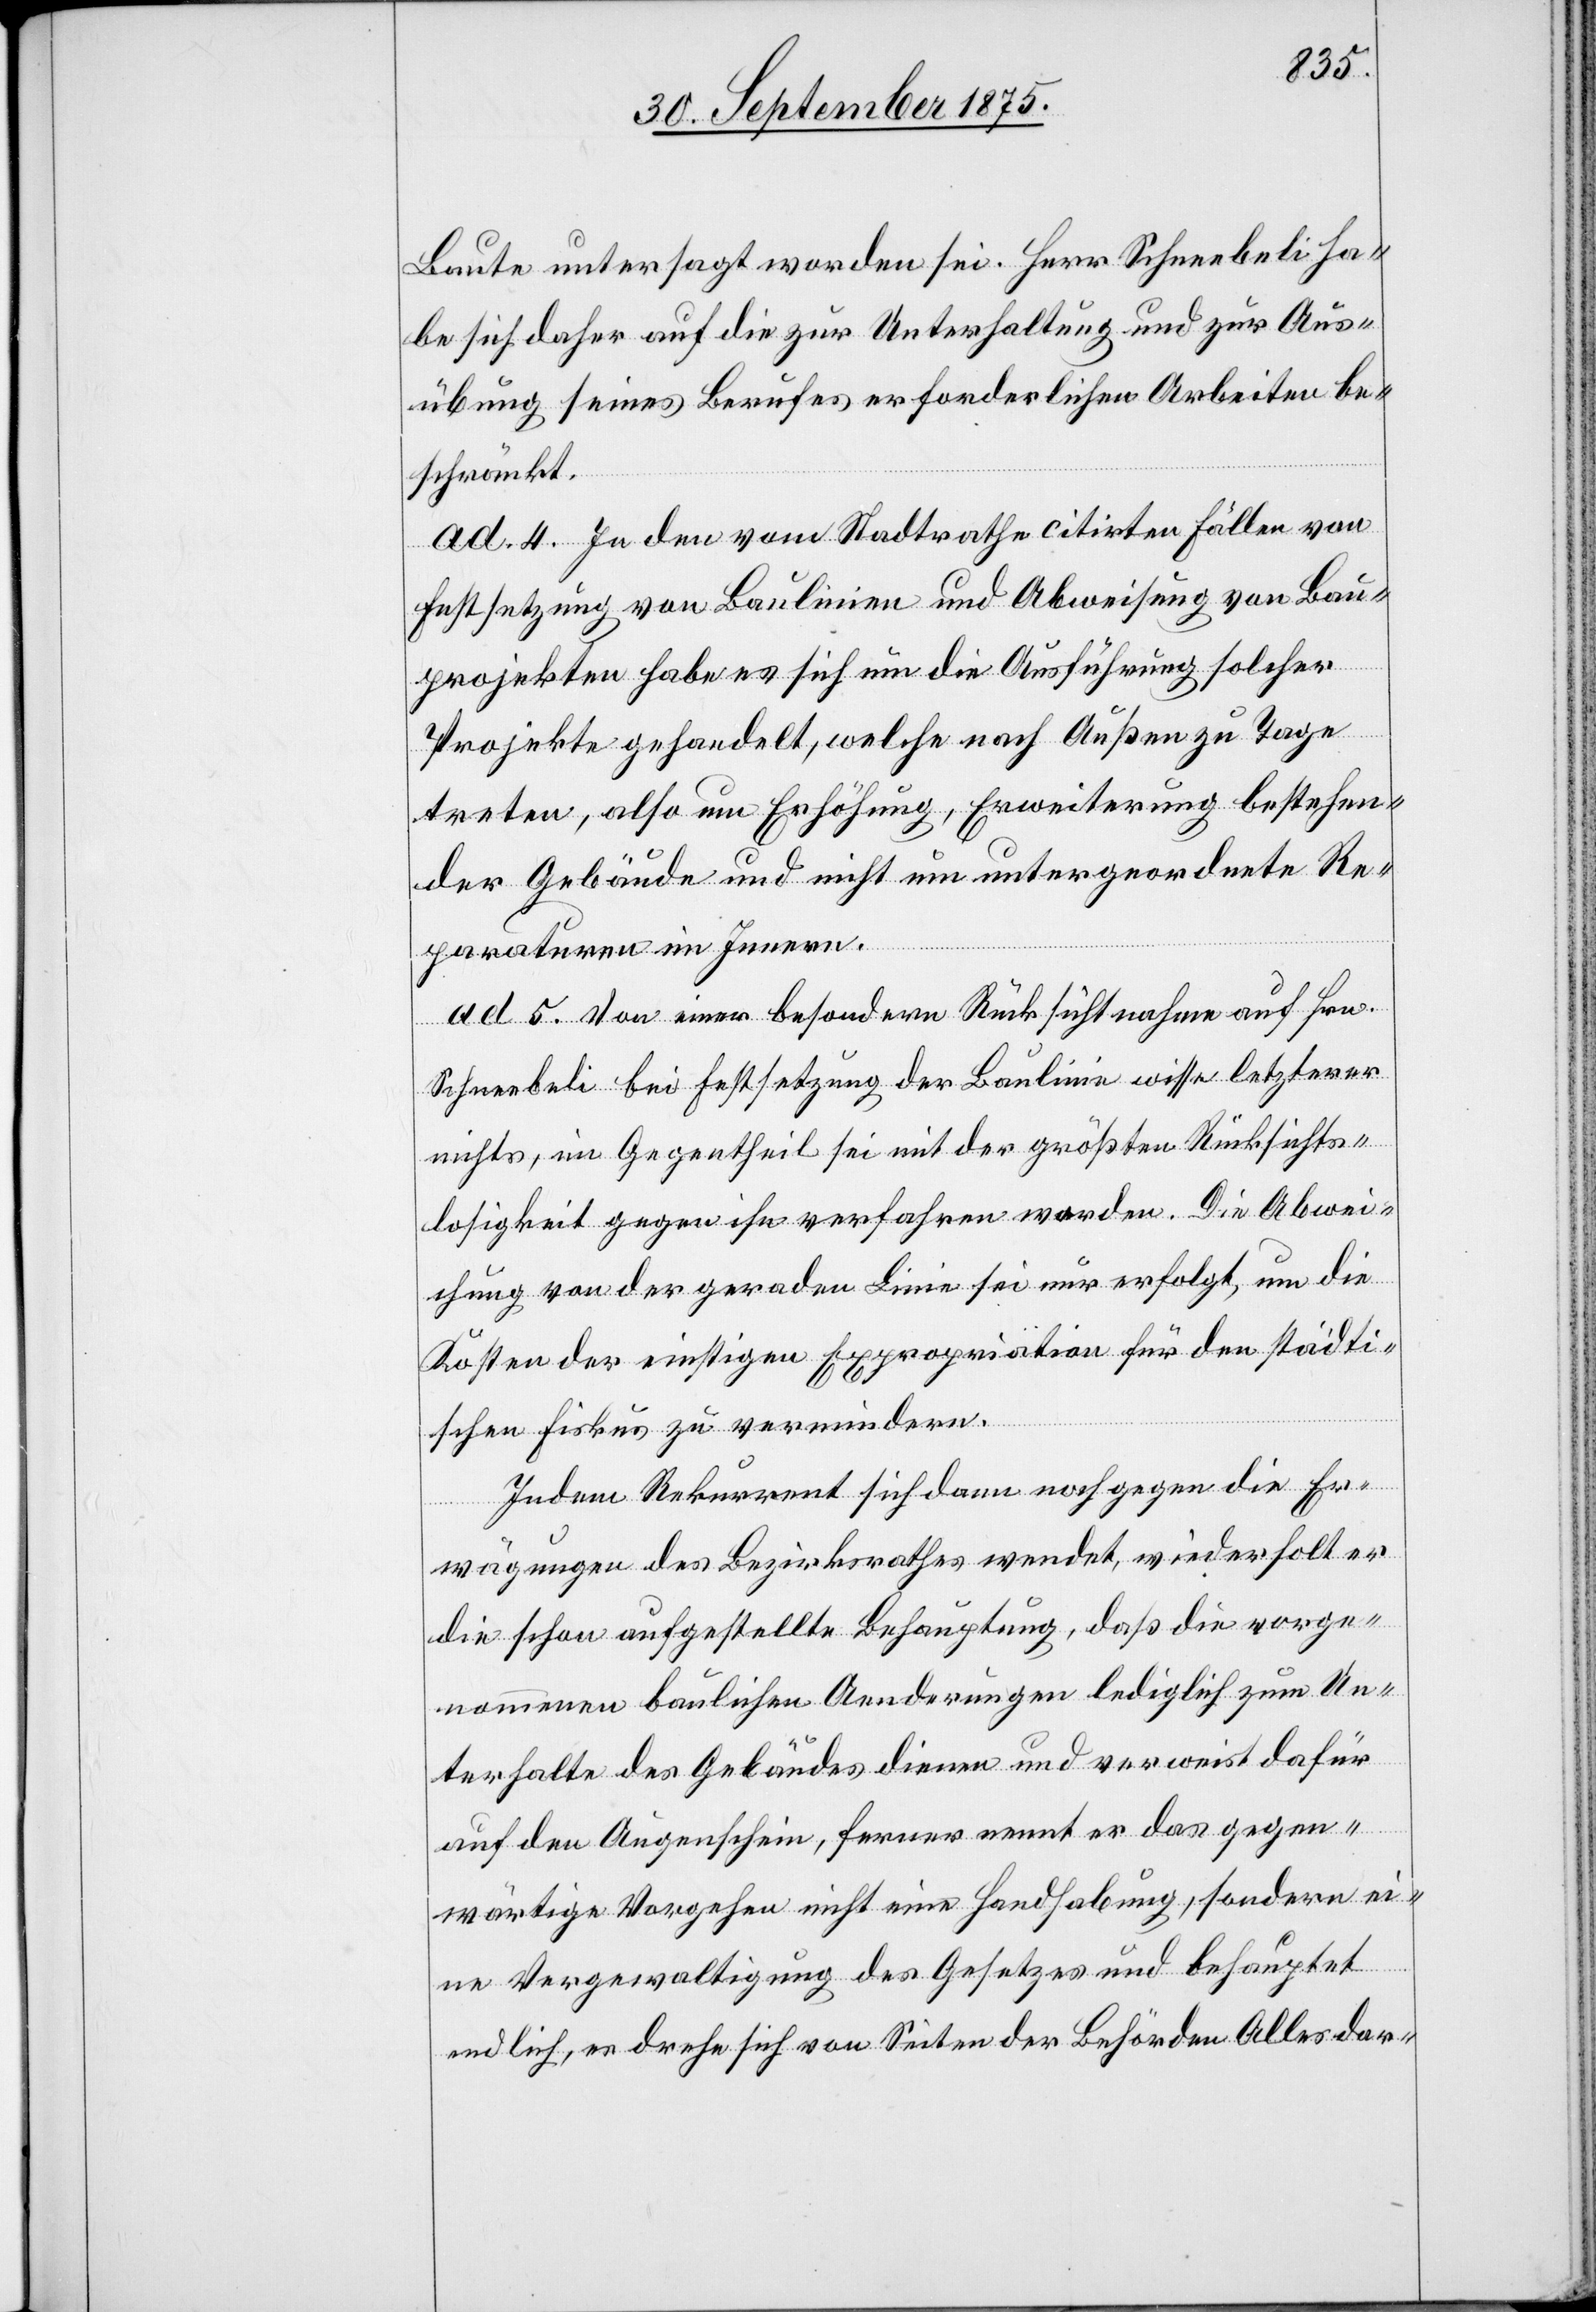
Baute untersagt worden sei. Herr Schneebeli ha¬
be sich daher auf die zur Unterhaltung und zur Aus¬
übung seines Berufes erforderlichen Arbeiten be¬
schränkt.
ad. 4. In den vom Stadtrathe citirten Fällen von
Festsetzung von Baulinien und Abweisung von Bau¬
projekten habe es sich um die Ausführung solcher
Projekte gehandelt, welche nach Außen zu Tage
treten, also um Erhöhung, Erweiterung bestehen¬
der Gebäude und nicht um untergeordnete Re¬
paraturen im Innern.
ad 5. Von einer besondern Rücksichtnahme auf Hrn.
Schneebeli bei Festsetzung der Baulinie wisse letzterer
nichts, im Gegentheil sei mit der größten Rücksichts¬
losigkeit gegen ihn verfahren worden. Die Abwei¬
chung von der geraden Linie sei nur erfolgt, um die
Kosten der einstigen Expropriation für den städti¬
schen Fiskus zu vermindern.
Indem Rekurrent sich dann noch gegen die Er¬
wägungen des Bezirksrathes wendet, wiederholt er
die schon aufgestellte Behauptung, daß die vorge¬
nommenen baulichen Aenderungen lediglich zum Un¬
terhalte des Gebäudes dienen und verweist dafür
auf den Augenschein, ferner nennt er das gegen¬
wärtige Vorgehen nicht eine Handhabung, sondern ei¬
ne Vergewaltigung des Gesetzes und behauptet
endlich, es drehe sich von Seiten der Behörden Alles dar-